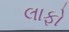
લાફો